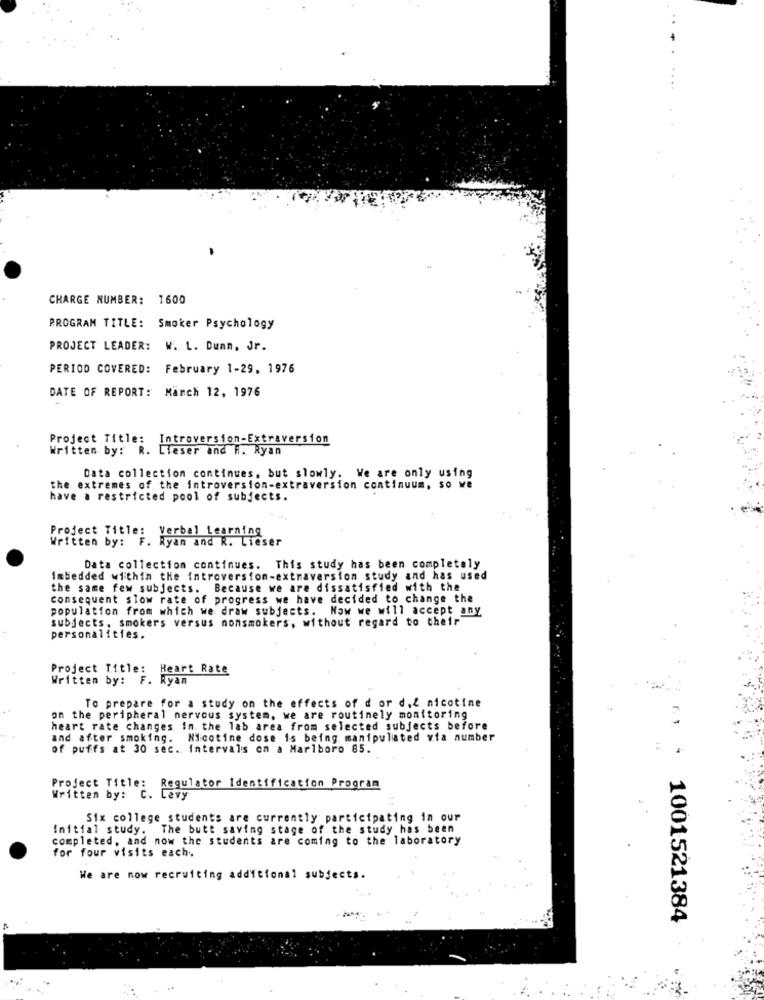
CHARGE NUMBER: 1600
PROGRAM TITLE: Smoker Psychology
PROJECT LEADER: W. L. Dunn, Jr.
PERIOD COVERED: February 1-29, 1976
DATE OF REPORT: Manch 12, 1976
Project Title:
Introversion-Extraversion
Written by: R. Lleser and R. Ryan
Data collection continues, but slowly. We are only using
the extremes of the introversion-extraversion continuum, so we
have a restricted pool of subjects.
Project Title: Verbal Learning
Written by: F. Ryan and R. Lieser
Data collection continues. This study has been completely
imbedded within the introversion-extraversion study and has used
the same few subjects. Because we are dissatisfied with the
consequent slow rate of progress we have decided to change the
population from which we draw subjects. Now we will accept any
subjects, smokers versus nonsmokers, without regard to their
personalities.
Project Title: Heart Rate
Written by: F. Ryan
To prepare for a study on the effects of d or d.Z nicotine
on the peripheral nervous system, we are routinely monitoring
heart rate changes in the lab area from selected subjects before
and after smoking. Nicotine dose is being manipulated via number
of puffs at 30 sec. intervals on a Marlboro 85.
Project Title: Regulator Identification Program
Written by: C. Levy
Six college students are currently participating in our
Initial study. The butt saving stage of the study has been
completed, and now the students are coming to the laboratory
for four visits each
We are now recruiting additional subjects.
1001521384